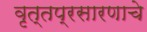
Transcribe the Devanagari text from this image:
वृत्तप्रसारणाचे